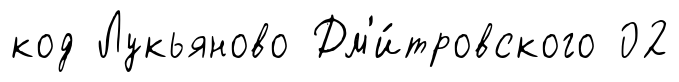
код Лукьяново Дм'и́тровского 02